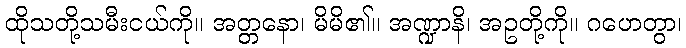
ထိုသတို့သမီးငယ်ကို။ အတ္တနော၊ မိမိ၏။ အဏ္ဍာနိ၊ အဥတို့ကို။ ဂဟေတွာ၊